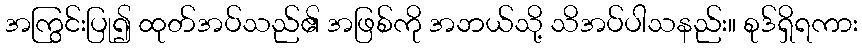
အကြွင်းပြု၍ ထုတ်အပ်သည်၏ အဖြစ်ကို အဘယ်သို့ သိအပ်ပါသနည်း။ စုဒ်ရှိရကား